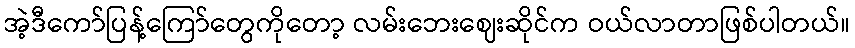
အဲ့ဒီကော်ပြန့်ကြော်တွေကိုတော့ လမ်းဘေးဈေးဆိုင်က ဝယ်လာတာဖြစ်ပါတယ်။